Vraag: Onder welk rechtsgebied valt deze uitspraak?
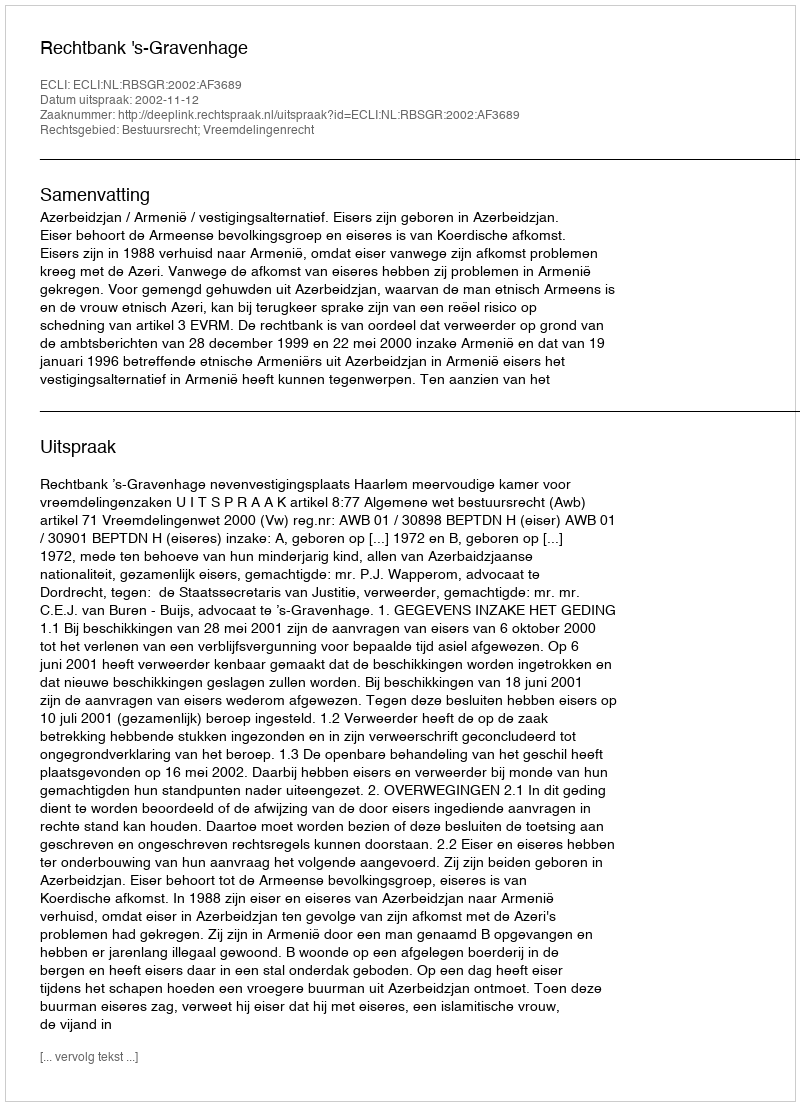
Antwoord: Bestuursrecht; Vreemdelingenrecht